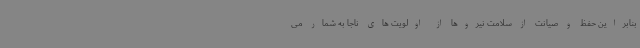
بنابراین حفظ و صیانت از سلامت نیروها از اولویت های ناجا به شمار می